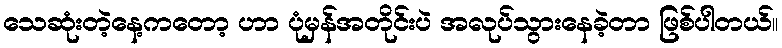
သေဆုံးတဲ့နေ့ကတော့ ဟာ ပုံမှန်အတိုင်းပဲ အလုပ်သွားနေခဲ့တာ ဖြစ်ပါတယ်။